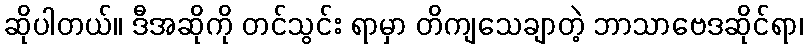
ဆိုပါတယ်။ ဒီအဆိုကို တင်သွင်း ရာမှာ တိကျသေချာတဲ့ ဘာသာဗေဒဆိုင်ရာ၊